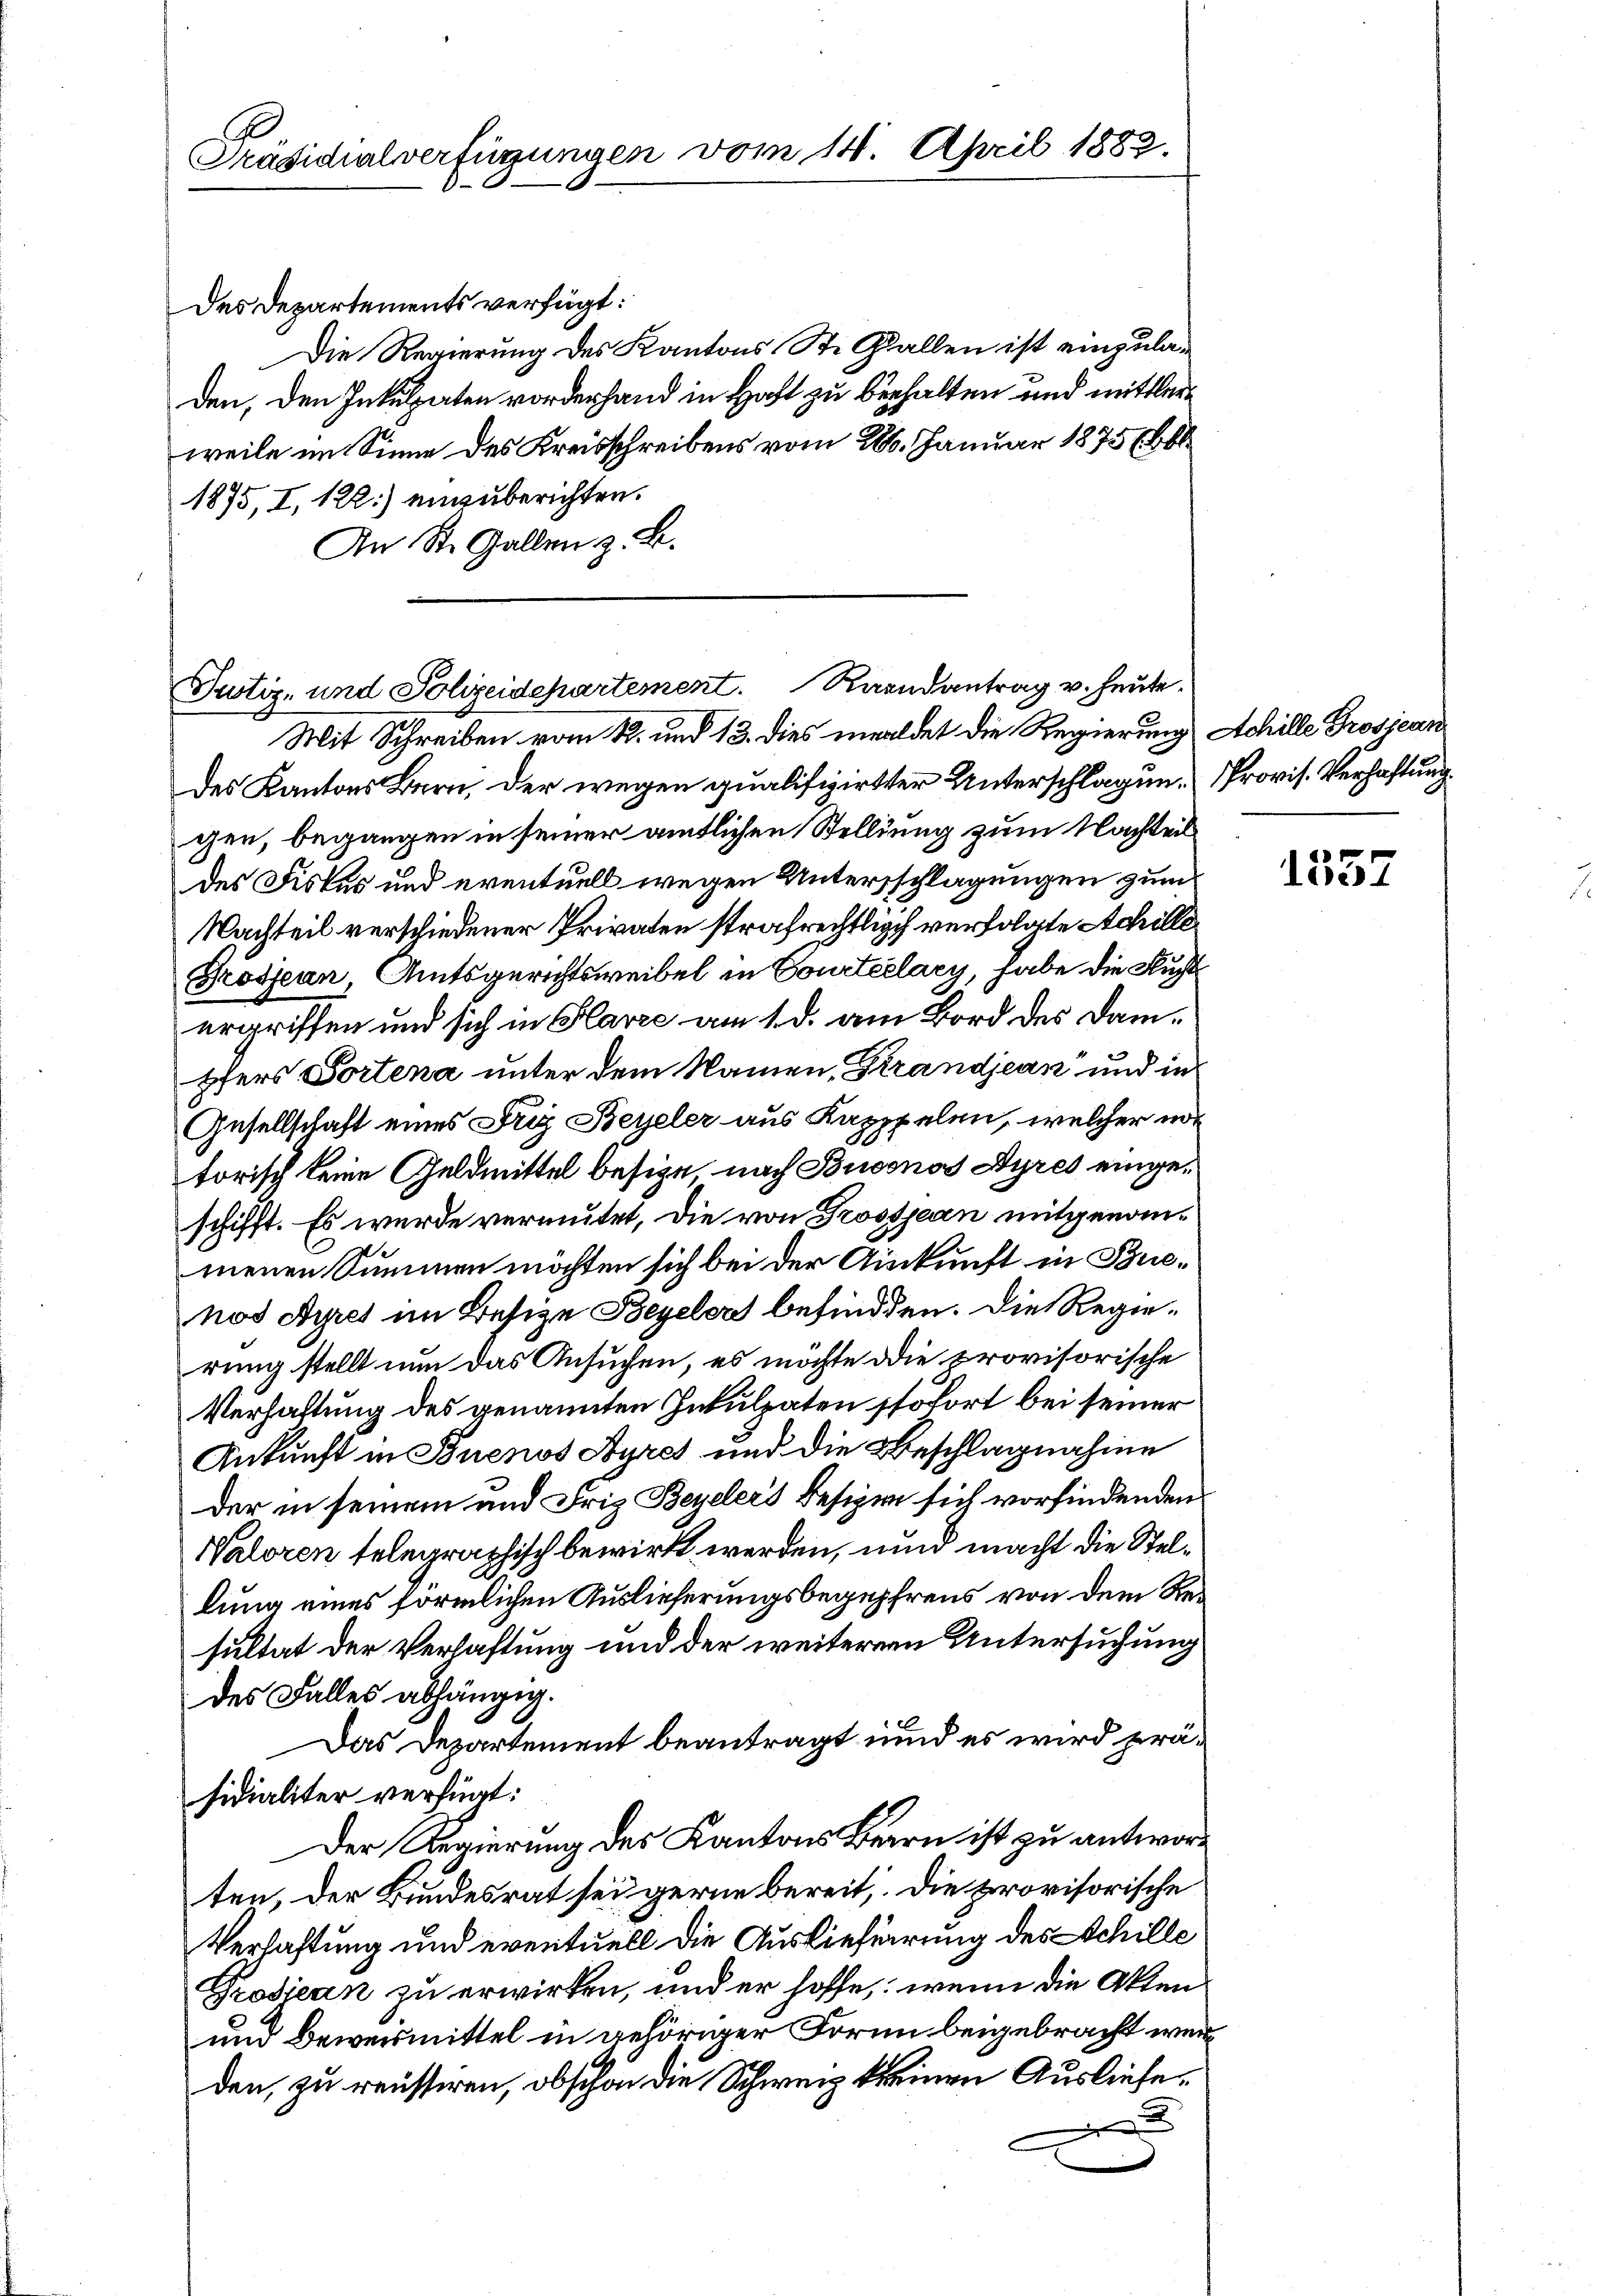
Präsidialverfügungen vom 14. April 1882.

des Departements verfügt:
Die Regierung des Kantons St. Gallen ist einzuladen, den Inkulpaten vorderhand in Haft zu behalten und mittlerweile im Sinne des Kreisschreibens vom 286. Januar 1875 (Obl
1875, I, 122) einzuberichten.
An St. Gallen z. B.

Justiz- und Polizeidepartement. Raandantrag v. heute.
Mit Schreiben vom 12. und 13. dies meldet die Regierung Achille Prosjean

des Kantons Bern, der wegen qualifizirter Unterschlagen. Provis. Verhaftung.
gen, begangen in seiner amtlichen Stellung zum Nachteil
des Fiskus und eventuell wegen Untersschlagungen zum
Nachteil verschiedener Privaten strafrechtlich verfolgte Achille¬
Grosjean, Amtsgerichtsweibel in Courteelary, habe die Fluchtergriffen und sich in Klarre am 1. d. am Bord des Dampfers Tortena unter dem Namen, Grandjean und in
Gesellschaft eines Frey Beyeler aus Kapppelen, welcher not
torisch keine Geldmittel besize, nach Buconos Ayres eingeschifft. Es wurde vermutet, die von Grossjean mitgenommenen Summen möchten sich bei der Ainkunft in Buenos Ayres im Besize Beyeler befinden. Die Regierung stellt nun das Ansuchen, es möchte die provisorische
Verhaftung des genannten Inkulpaten stofort bei seiner
Ankunft in Buenos Ayres und die Beschlagnahme
der in seinem und Friz Beyeler's Besiren sich vorfindenden
Naloren telegraphisch bewirkt werden, und macht die Stellung eines förmlichen Auslieferungsbegehrens von dem Resultat der Verhaftung und der weiterer Untersuchung
des Falles abhängig.
Das Departement beantragt und es wird präsidialiter verfügt:
Der Regierung des Kantons Bern ist zu antwort
ten, der Bundesrat sei gerne bereit, die provisorische
Verhaftung und eventuell die Auslieferung des Schille
Grodiean zu erwirken, und er hoffe, wenn die Akten¬
und Beweismittel in gehöriger Form beigebracht werden, zu reussiren, obschon die Schweiz keinen Ausliefe.
u

1337